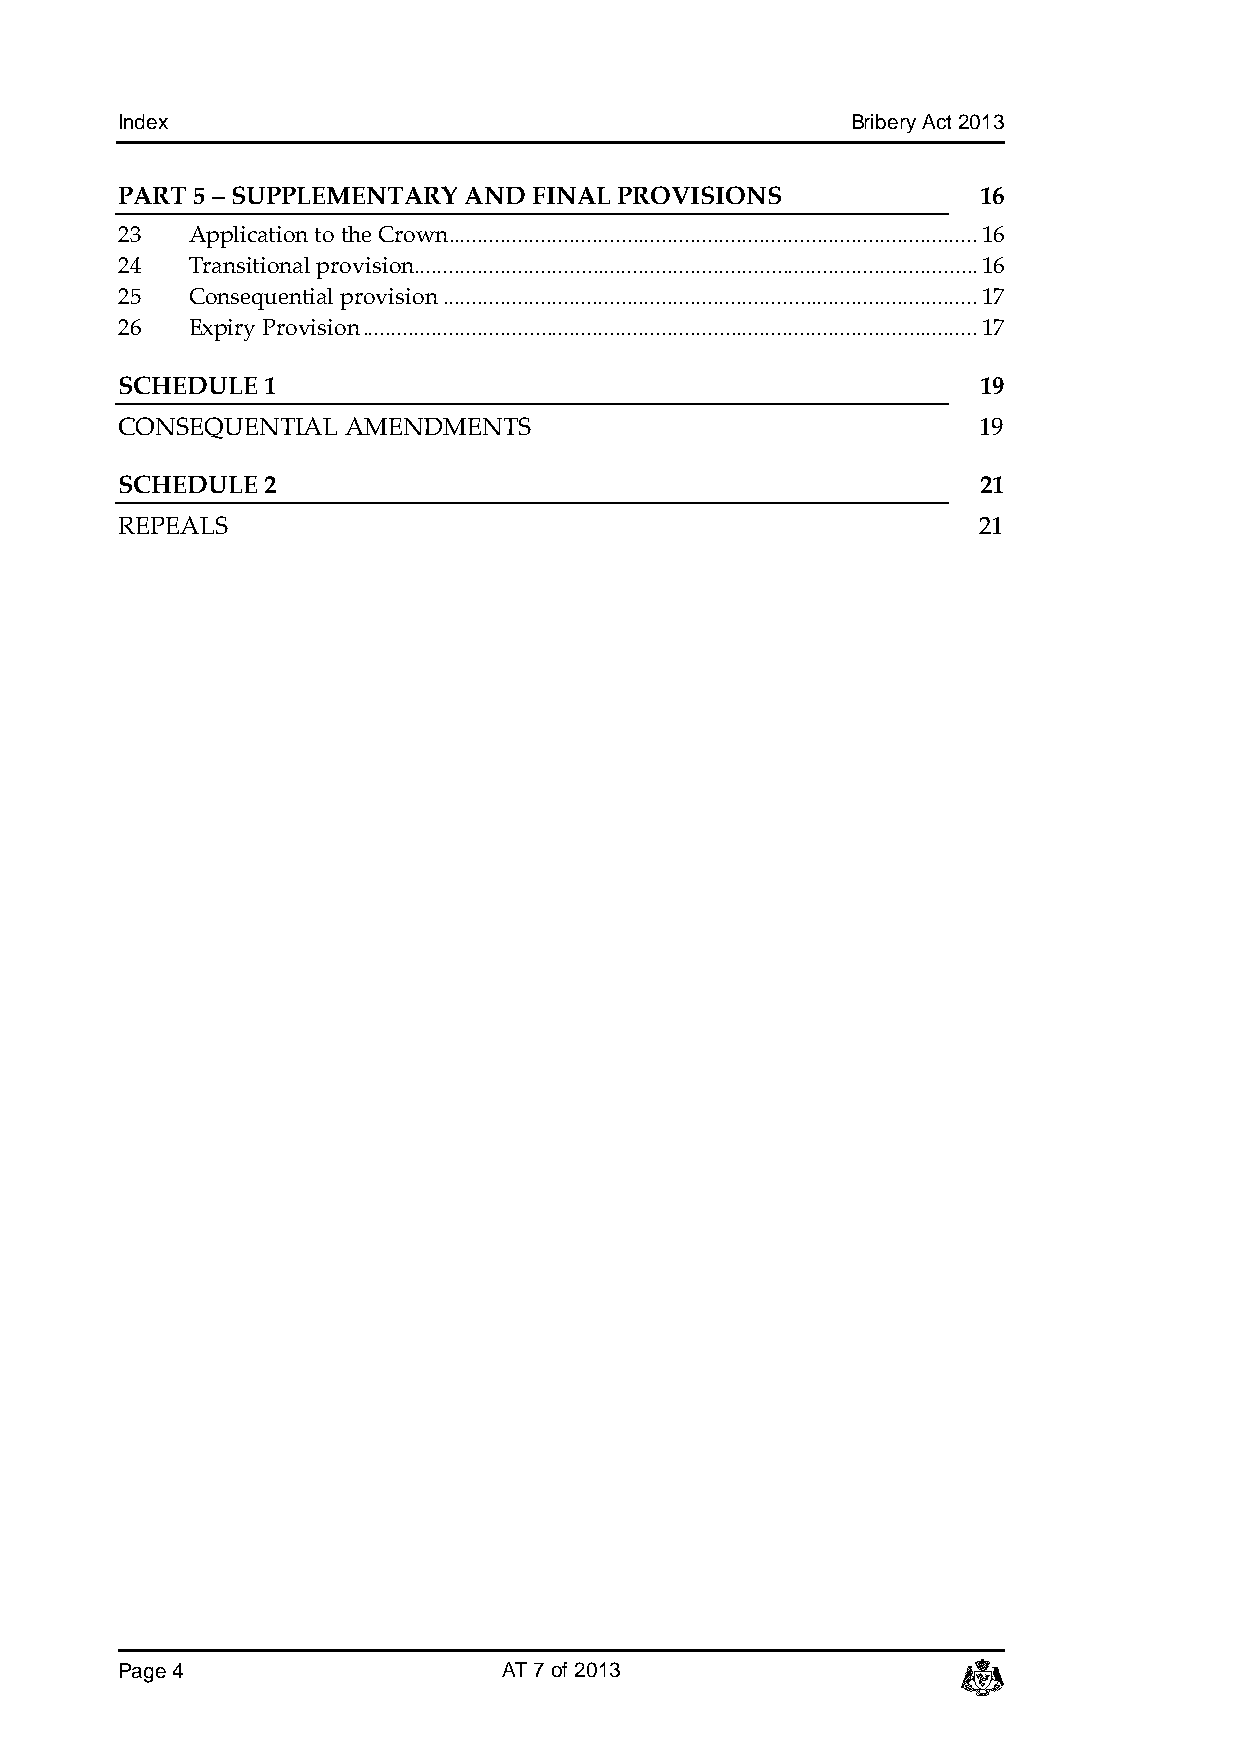
Index                                           Bribery Act 2013
 PART 5 – SUPPLEMENTARY AND FINAL PROVISIONS              16
 23  Application to the Crown ............................................................................................ 16
 24  Transitional provision.................................................................................................. 16
 25  Consequential provision ............................................................................................. 17
 26  Expiry Provision ........................................................................................................... 17
 SCHEDULE 1                                               19
 CONSEQUENTIAL  AMENDMENTS                                19
 SCHEDULE 2                                               21
 REPEALS                                                  21
 Page 4                   AT 7 of 2013                   c